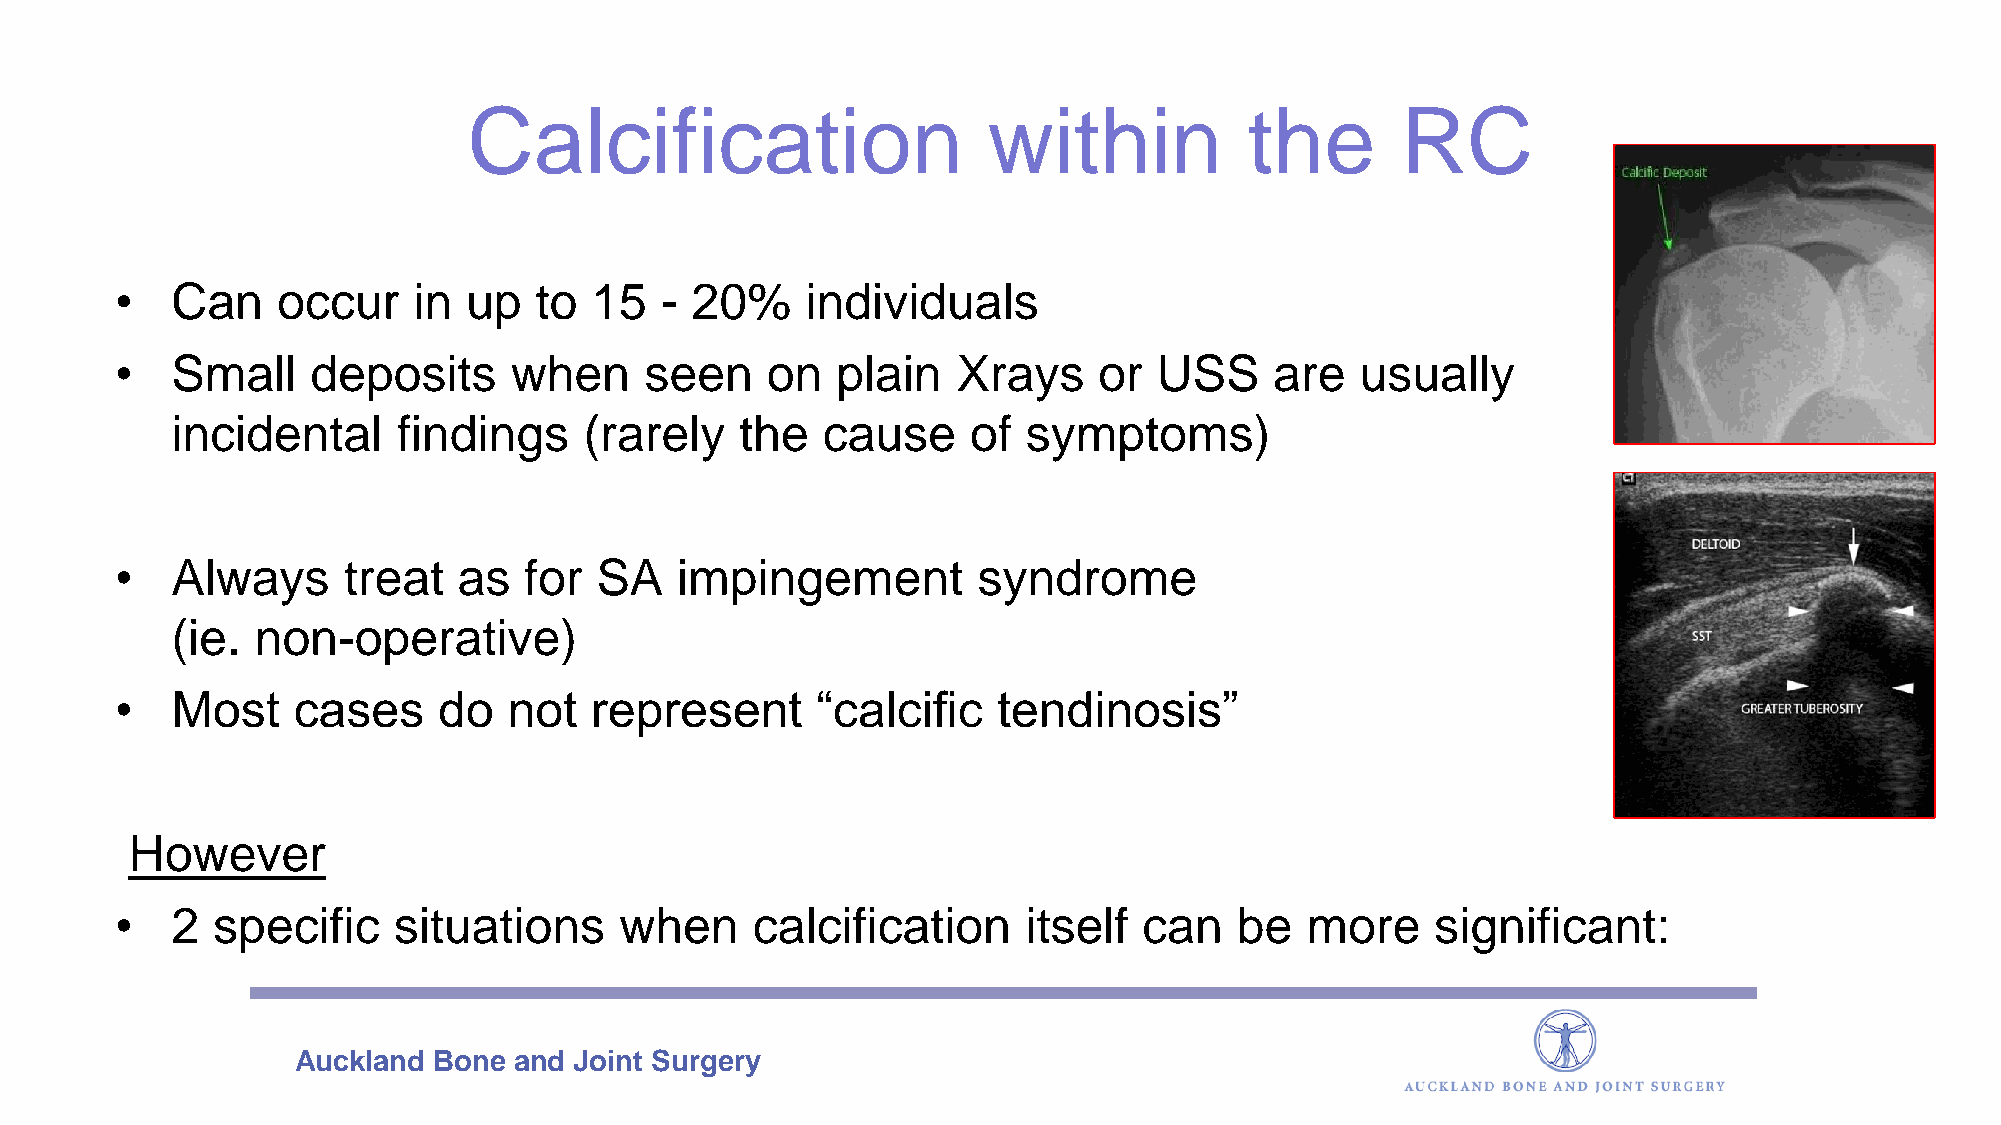
Calcification                     within            the       RC
 •  Can    occur    in  up  to  15   - 20%    individuals
 •  Small     deposits     when     seen    on  plain   Xrays     or  USS    are   usually
 incidental     findings     (rarely   the  cause     of  symptoms)
 •  Always      treat  as   for SA    impingement         syndrome
 (ie.  non-operative)
 •  Most    cases     do   not  represent      “calcific   tendinosis”
 However
 •  2  specific    situations     when     calcification     itself  can   be  more     significant:
 Auckland  Bone and Joint Surgery